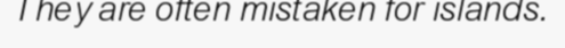
They are often mistaken for islands.